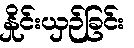
နှိုင်းယှဉ်ခြင်း